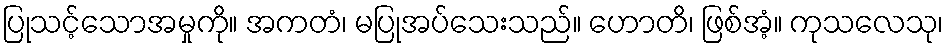
ပြုသင့်သောအမှုကို။ အကတံ၊ မပြုအပ်သေးသည်။ ဟောတိ၊ ဖြစ်အံ့။ ကုသလေသု၊